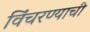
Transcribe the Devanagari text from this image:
विंचरण्याची